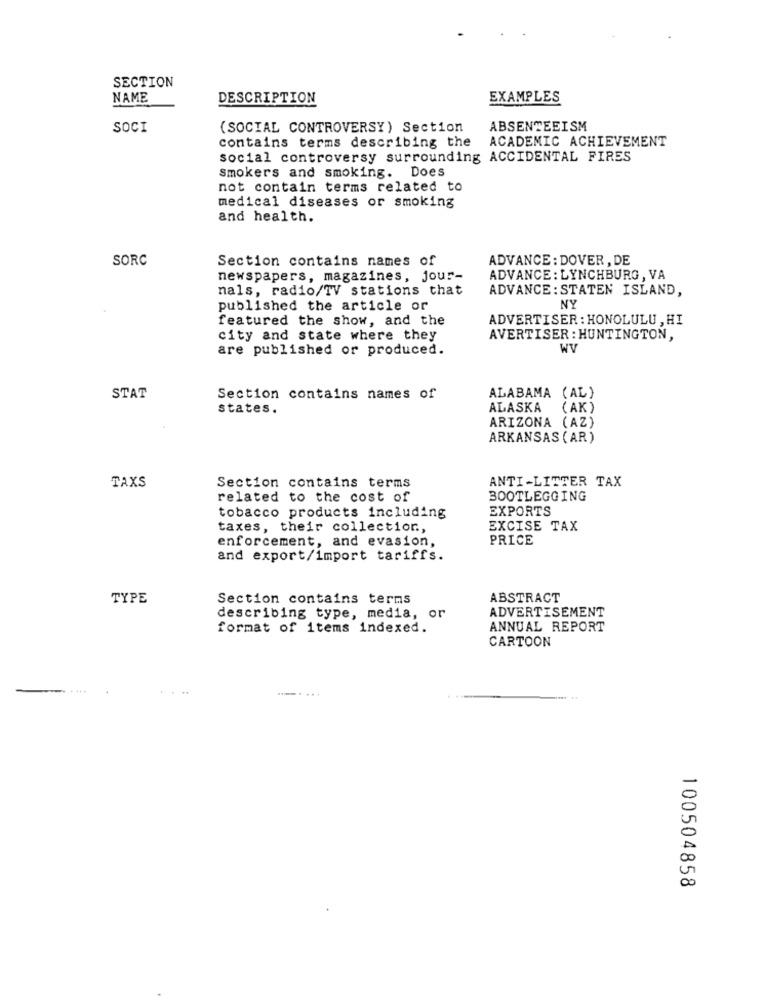
SECTION
NAME
DESCRIPTION
EXAMPLES
SOCI
(SOCIAL CONTROVERSY) Section
ABSENTEEISM
contains terms describing the
ACADEMIC ACHIEVEMENT
social controversy surrounding ACCIDENTAL FIRES
smokers and smoking. Does
not contain terms related to
medical diseases or smoking
and health.
SORC
Section contains names of
ADVANCE : DOVER , DE
newspapers, magazines, jour-
ADVANCE: LYNCHBURG , VA
nals, radio/TV stations that
ADVANCE : STATEN ISLAND,
published the article or
NY
featured the show, and the
ADVERTISER : HONOLULU , HI
city and state where they
AVERTISER : HUNTINGTON,
are published or produced.
WV
STAT
Section contains names of
ALABAMA (AL)
states.
ALASKA
( AK )
ARIZONA (AZ)
ARKANSAS ( AR)
TAXS
ANTI-LITTER TAX
Section contains terms
related to the cost of
BOOTLEGGING
EXPORTS
tobacco products including
taxes, their collection .,
EXCISE TAX
PRICE
enforcement, and evasion,
and export/import tariffs.
TYPE
Section contains terms
ABSTRACT
ADVERTISEMENT
describing type, media, or
format of items indexed.
ANNUAL REPORT
CARTOON
100504858